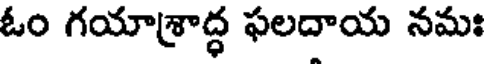
ఓం గయాశ్రాద్ధ ఫలదాయ నమః